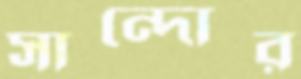
সান্দোর